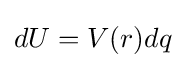
dU=V(r)dq